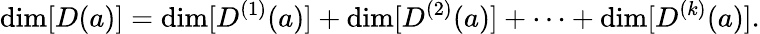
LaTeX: \dim[D(a)]=\dim[D^{(1)}(a)]+\dim[D^{(2)}(a)]+\cdots+\dim[D^{(k)}(a)].